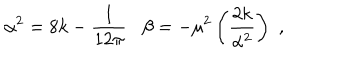
\alpha ^ { 2 } = 8 k - \frac { 1 } { 1 2 \pi } \, \, \, \, \, \beta = - \mu ^ { 2 } \left( \frac { 2 k } { \alpha ^ { 2 } } \right) \, \, ,